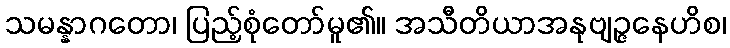
သမန္နာဂတော၊ ပြည့်စုံတော်မူ၏။ အသီတိယာအနုဗျဉ္ဇနေဟိစ၊